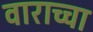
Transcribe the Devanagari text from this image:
वाराच्चा